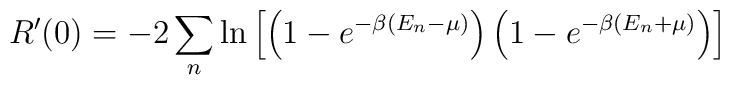
R'(0)=-2\sum_n\ln\left[\left(1-e^{-\beta(E_n-\mu)}\right)\left(1-e^{-\beta(E_n+\mu)}\right)\right]